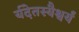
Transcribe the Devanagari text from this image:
र्यदेतस्यैश्वर्यं